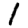
Digit: 1